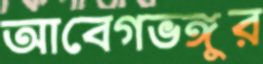
আবেগভঙ্গুর